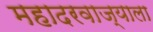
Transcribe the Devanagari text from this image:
महादरवाज्याला